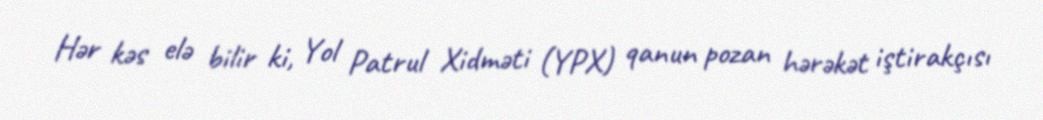
Hər kəs elə bilir ki, Yol Patrul Xidməti (YPX) qanun pozan hərəkət iştirakçısı